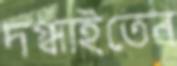
দগ্ধাইতেন